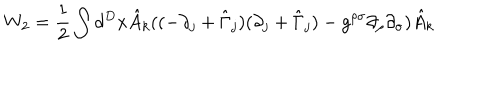
W _ { 2 } = \frac { 1 } { 2 } \int d ^ { D } x \hat { A } _ { k } ( ( - \partial _ { j } + \hat { \Gamma } _ { j } ) ( \partial _ { j } + \hat { \Gamma } _ { j } ) - g ^ { \rho \sigma } \partial _ { \rho } \partial _ { \sigma } ) \hat { A } _ { k }